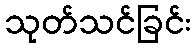
သုတ်သင်ခြင်း